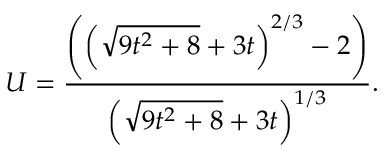
U = \frac { \left( \left( \sqrt { 9 t ^ { 2 } + 8 } + 3 t \right) ^ { 2 / 3 } - 2 \right) } { \left( \sqrt { 9 t ^ { 2 } + 8 } + 3 t \right) ^ { 1 / 3 } } .